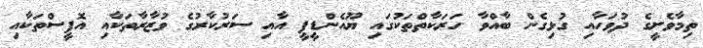
ތިމާވެށީގެ ދުވަހާއި ގުޅިގެން ބާއްވާ ހަރަކާތްތަކުގައި ޔޫއެންޑީޕީ އާއި ސަރުކާރުގެ ވުޒާރާތަކާއި އޮފީސްތަކާއި